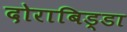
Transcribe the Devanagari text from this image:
दोराबिड्डा